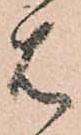
は